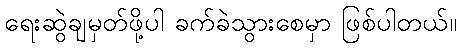
ရေးဆွဲချမှတ်ဖို့ပါ ခက်ခဲသွားစေမှာ ဖြစ်ပါတယ်။